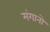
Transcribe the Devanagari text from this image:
मंगानो